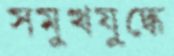
সমুখযুদ্ধে